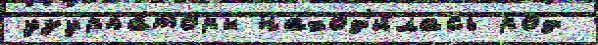
узурпа́торы наход'и́лась род